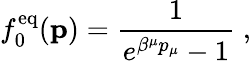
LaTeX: f_{0}^{\mathrm{eq}}({\mathbf p})={\frac{1}{e^{\beta^{\mu}p_{\mu}}-1}}\; ,